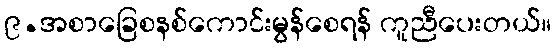
၉.အစာခြေစနစ်ကောင်းမွန်စေရန် ကူညီပေးတယ်။